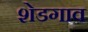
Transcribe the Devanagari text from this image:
शेडगाव